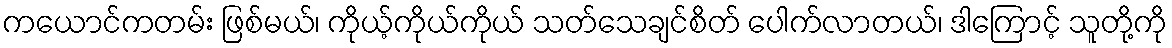
ကယောင်ကတမ်း ဖြစ်မယ်၊ ကိုယ့်ကိုယ်ကိုယ် သတ်သေချင်စိတ် ပေါက်လာတယ်၊ ဒါကြောင့် သူတို့ကို